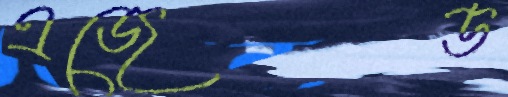
এজেড